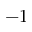
- 1